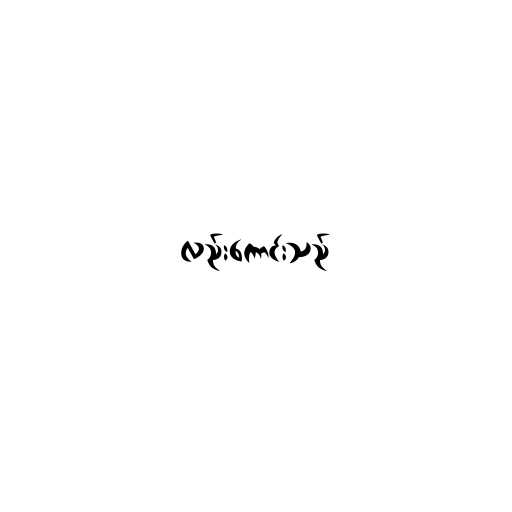
လည်းကောင်းသည်